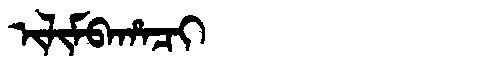
Manchu: ᡳᠯᡳᠮᠪᠠᡥᠠᠴᡳ
Romanization: ILIMBAHACI